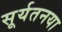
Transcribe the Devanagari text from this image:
सूर्यतनया